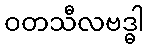
ဝတသီလဗဒ္ဓါ